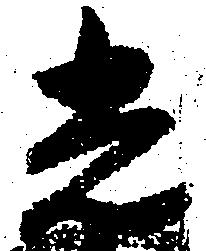
光